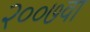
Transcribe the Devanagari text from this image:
२००७वा